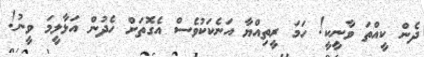
ދެން ކީއްތަ ވާނީކީ! ހަމަ ރީތިއްޔާ އަނެކަކުވެސް އެގޮތަށް ހެދުން އަޅާލީމަ ވީނު!